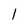
Character: 1